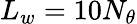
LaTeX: L_{w}=10N_{\theta}